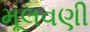
મૂલવણી